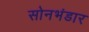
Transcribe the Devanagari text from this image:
सोनभंडार